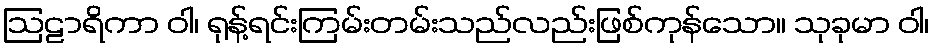
ဩဠာရိကာ ဝါ၊ ရုန့်ရင်းကြမ်းတမ်းသည်လည်းဖြစ်ကုန်သော။ သုခုမာ ဝါ၊